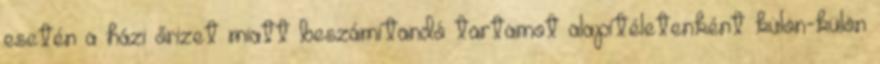
esetén a házi őrizet miatt beszámítandó tartamot alapítéletenként külön-külön